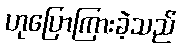
ဟုပြောကြားခဲ့သည်